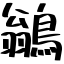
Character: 鶲